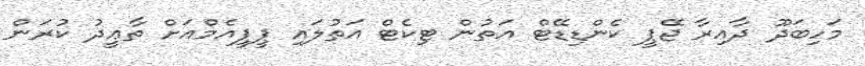
މަހިބަދޫ ދާއިރާ ޖޭޕީ ކެންޑިޑޭޓް އަތުން ޓިކެޓް އަތުލައި ޕީޕީއެމްއަށް ތާޢީދު ކުރަން